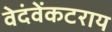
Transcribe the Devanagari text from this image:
वेदंवेंकटराय